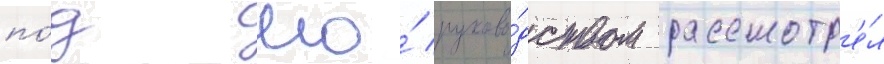
по́д его́ руково́дством рассмотр'е́л